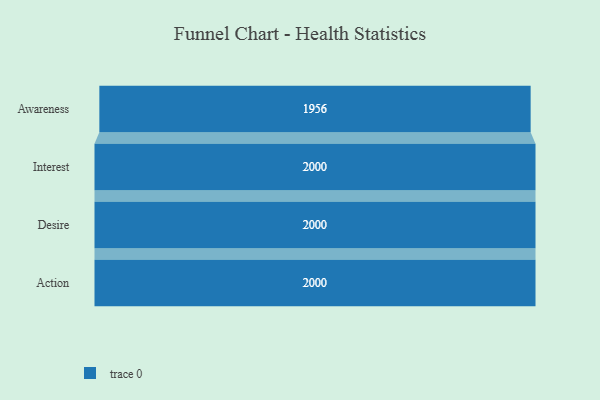
{"axis": {"x": "Stage", "y": "Value"}, "legend": [""], "data": [{"x": "Awareness", "y": 1956.0, "type": ""}, {"x": "Interest", "y": 2000, "type": ""}, {"x": "Desire", "y": 2000, "type": ""}, {"x": "Action", "y": 2000, "type": ""}]}